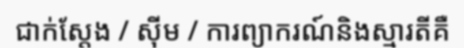
ជាក់ស្តែង / ស៊ីម / ការព្យាករណ៍និងស្មារតីគឺ